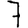
Digit: 7